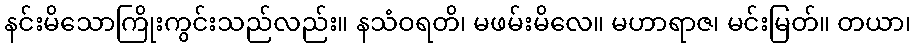
နင်းမိသောကြိုးကွင်းသည်လည်း။ နသံဝရတိ၊ မဖမ်းမိလေ။ မဟာရာဇ၊ မင်းမြတ်။ တယာ၊